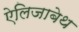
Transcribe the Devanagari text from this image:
ऐलिजाबेथ